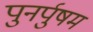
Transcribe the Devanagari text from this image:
पुनर्पुषम